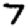
Digit: 7